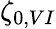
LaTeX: \zeta_{0,VI}